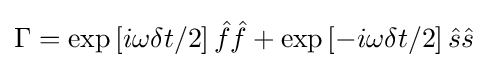
\Gamma =\exp \left[i\omega \delta t/2\right]{\hat {f}}{\hat {f}}+\exp \left[-i\omega \delta t/2\right]{\hat {s}}{\hat {s}}